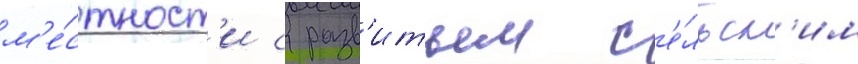
м'е́стност'и с разв'итым с'е́льск'им